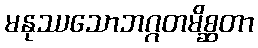
မနုဿသောဘဂ္ဂတမိစ္ဆတာ